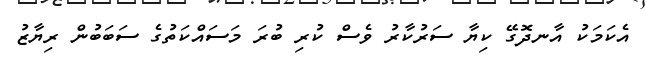
އެކަމަކު އާނދޮގޭ ކިޔާ ސަރުކާރު ވެސް ކުރި ބުރަ މަސައްކަތުގެ ސަބަބުން ރިޔާޒު